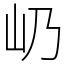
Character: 屷